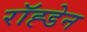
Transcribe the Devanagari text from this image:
रॉह्डेन